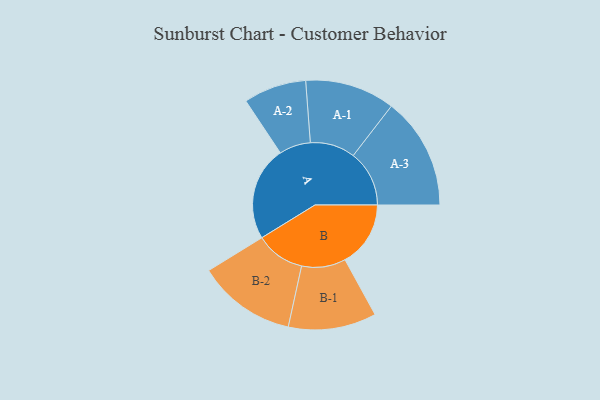
{"axis": {"x": "Segment", "y": "Value"}, "legend": ["", "A", "B"], "data": [{"x": "A", "y": 306, "type": ""}, {"x": "B", "y": 213, "type": ""}, {"x": "A-1", "y": 146, "type": "A"}, {"x": "A-2", "y": 102, "type": "A"}, {"x": "A-3", "y": 182, "type": "A"}, {"x": "B-1", "y": 143, "type": "B"}, {"x": "B-2", "y": 160, "type": "B"}]}